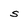
Character: S